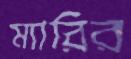
ম্যারির